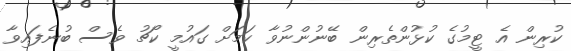
ކުރިން އެ ޓީމުގެ ކުޅުންތެރިން ބޭނުންނުވާ ކަމަށް ގައުމީ ކޯޗު ވެސް ބުނެފައިވާ